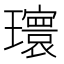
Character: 𪼮